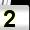
Digit: 2